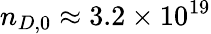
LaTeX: n_{D,0}\approx 3.2\times 10^{19}